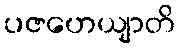
ပဇဟေယျာတိ